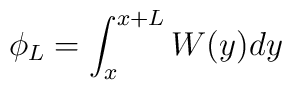
\phi_L = \int_x^{x+L} W(y) dy